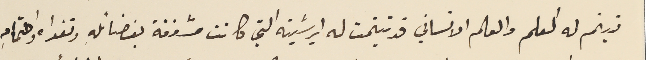
تيتم له العلم والعالم الانساني قد تيتمت له ابرشيته التي كانت مشغفة بفضائله وتقواه واهتمامهِ